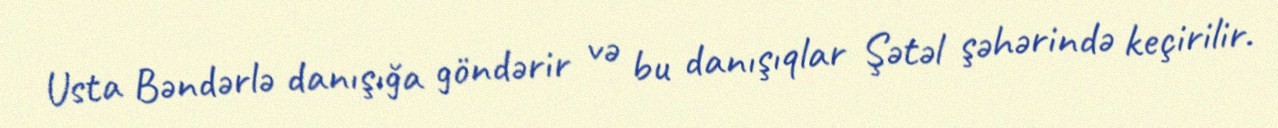
Usta Bəndərlə danışığa göndərir və bu danışıqlar Şətəl şəhərində keçirilir.